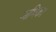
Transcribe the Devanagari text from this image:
नाभिक।